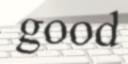
good